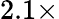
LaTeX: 2.1\times